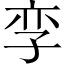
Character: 孪